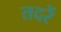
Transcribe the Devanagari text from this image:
तदरें